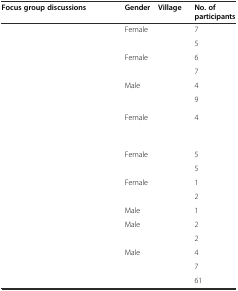
<table><thead><tr><td><b>Focus group discussions</b></td><td><b>Gender</b></td><td><b>Village</b></td><td><b>No. of participants</b></td></tr></thead><tbody><tr><td rowspan="2">[EMPTY_CELL]</td><td rowspan="2">Female</td><td>[EMPTY_CELL]</td><td>7</td></tr><tr><td>[EMPTY_CELL]</td><td>5</td></tr><tr><td rowspan="2">[EMPTY_CELL]</td><td rowspan="2">Female</td><td>[EMPTY_CELL]</td><td>6</td></tr><tr><td>[EMPTY_CELL]</td><td>7</td></tr><tr><td rowspan="2">[EMPTY_CELL]</td><td rowspan="2">Male</td><td>[EMPTY_CELL]</td><td>4</td></tr><tr><td>[EMPTY_CELL]</td><td>9</td></tr><tr><td>[EMPTY_CELL]</td><td>Female</td><td>[EMPTY_CELL]</td><td>4</td></tr><tr><td>[EMPTY_CELL]</td><td>[EMPTY_CELL]</td><td>[EMPTY_CELL]</td><td>[EMPTY_CELL]</td></tr><tr><td rowspan="2">[EMPTY_CELL]</td><td rowspan="2">Female</td><td>[EMPTY_CELL]</td><td>5</td></tr><tr><td>[EMPTY_CELL]</td><td>5</td></tr><tr><td rowspan="2">[EMPTY_CELL]</td><td rowspan="2">Female</td><td>[EMPTY_CELL]</td><td>1</td></tr><tr><td>[EMPTY_CELL]</td><td>2</td></tr><tr><td>[EMPTY_CELL]</td><td>Male</td><td>[EMPTY_CELL]</td><td>1</td></tr><tr><td rowspan="2">[EMPTY_CELL]</td><td>Male</td><td rowspan="2">[EMPTY_CELL]</td><td>2</td></tr><tr><td>[EMPTY_CELL]</td><td>2</td></tr><tr><td>[EMPTY_CELL]</td><td>Male</td><td>[EMPTY_CELL]</td><td>4</td></tr><tr><td colspan="3">[EMPTY_CELL]</td><td>7</td></tr><tr><td colspan="3">[EMPTY_CELL]</td><td>61</td></tr></tbody></table>